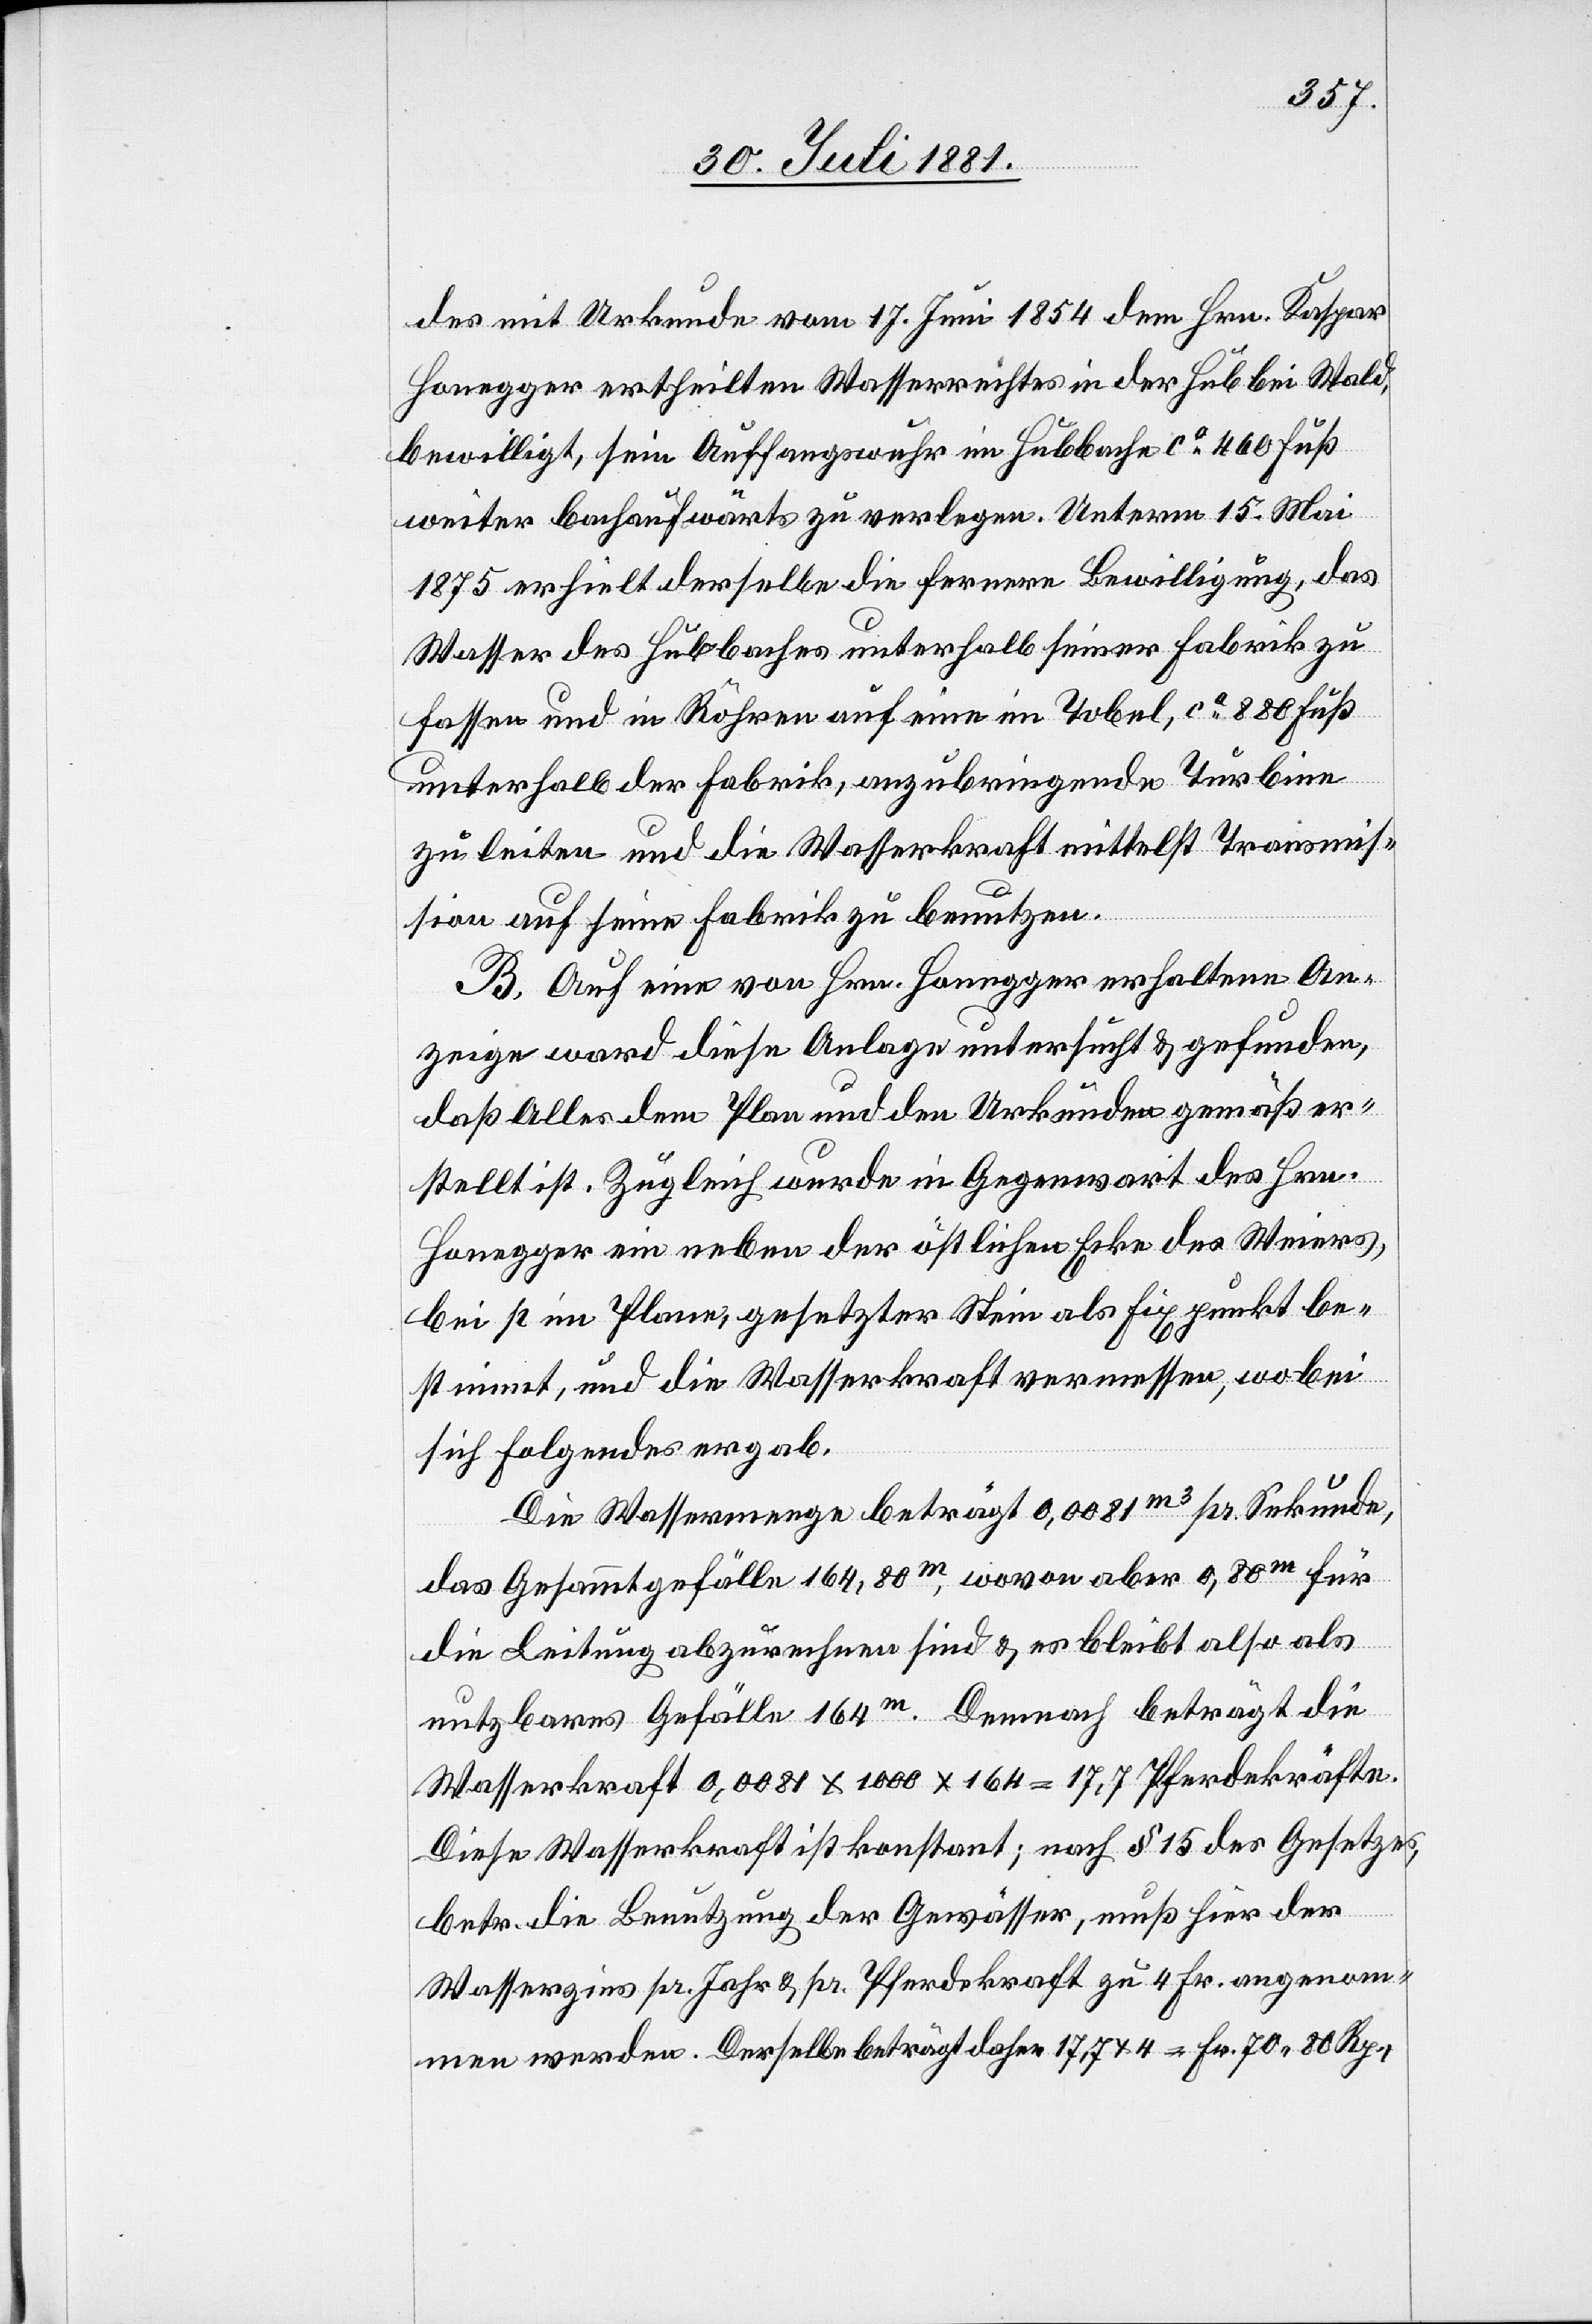
des mit Urkunde vom 17. Juni 1854 dem Hrn. Kaspar
Honegger ertheilten Wasserrechtes in der Hub bei Wald,
bewilligt, sein Auffangswehr im Hubbache ca 460 Fuß
weiter bachaufwärts zu verlegen. Unterm 15. Mai
1875 erhielt derselbe die fernere Bewilligung, das
Wasser des Hubbaches unterhalb seiner Fabrik zu
fassen und in Röhren auf eine im Tobel, ca 880 Fuß
unterhalb der Fabrik, anzubringende Turbine
zu leiten und die Wasserkraft mittelst Transmis¬
sion auf seine Fabrik zu benutzen.
B. Auf eine von Hrn. Honegger erhaltene An¬
zeige ward diese Anlage untersucht & gefunden,
daß Alles dem Plan und den Urkunden gemäß er¬
stellt ist. Zugleich wurde in Gegenwart des Hrn.
Honegger ein neben der östlichen Ecke des Weiers,
bei p im Plan gesetzter Stein als Fixpunkt be¬
stimmt, und die Wasserkraft vermessen, wobei
sich Folgendes ergab:
Die Wassermenge beträgt 0,0081m3 pr. Sekunde,
das Gesammtgefälle 164,80m, wovon aber 0,80m für
die Leitung abzurechnen sind & es bleibt also als
nutzbares Gefälle 164m. Demnach beträgt die
Wasserkraft 0,0081 x 1000 x 164 = 17,7 Pferdekräfte.
Diese Wasserkraft ist konstant; nach § 15 des Gesetzes,
betr. die Benutzung der Gewässer, muß hier der
Wasserzins pr. Jahr & pr. Pferdekraft zu 4 Fr. angenom¬
men werden. Derselbe beträgt daher 17,7 x 4 = Fr. 70 80 Rp.,